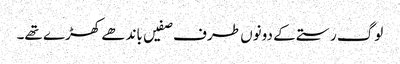
لوگ رستے کے دونوں طرف صفیں باندھے کھڑے تھے۔